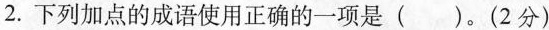
2.下列加点的成语使用正确的一项是()。(2分)